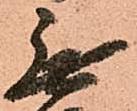
無